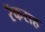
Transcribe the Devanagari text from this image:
रॅकसह